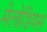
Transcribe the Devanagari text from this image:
मेलोडियस